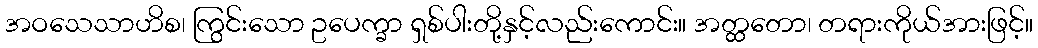
အဝသေသာဟိစ၊ ကြွင်းသော ဥပေက္ခာ ရှစ်ပါးတို့နှင့်လည်းကောင်း။ အတ္ထတော၊ တရားကိုယ်အားဖြင့်။